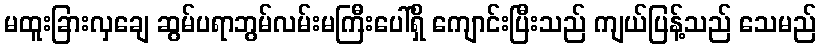
မထူးခြားလှချေ ဆွမ်ပရာဘွမ်လမ်းမကြီးပေါ်ရှိ ကျောင်းပြီးသည် ကျယ်ပြန့်သည် သေမည်